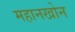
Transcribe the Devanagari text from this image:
महानखोन